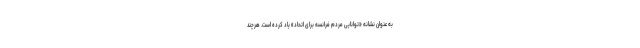
به عنوان نشانه «توانایی مردم فرانسه برای اتحاد» یاد کرده است. هرچند